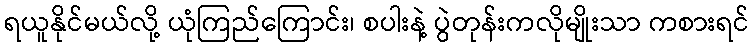
ရယူနိုင်မယ်လို့ ယုံကြည်ကြောင်း၊ စပါးနဲ့ ပွဲတုန်းကလိုမျိုးသာ ကစားရင်